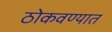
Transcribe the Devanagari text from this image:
ठोकवण्यात